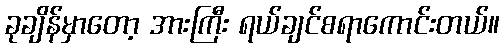
ခုချိန်မှာတော့ အားကြီး ရယ်ချင်စရာကောင်းတယ်။